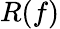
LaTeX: R(f)